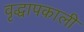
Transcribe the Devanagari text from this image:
वृद्धापकाली